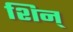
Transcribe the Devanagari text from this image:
शिन्‌